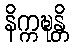
နိက္ကဍ္ဎန္တိ